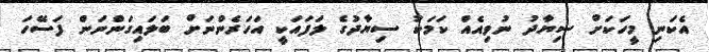
އެކަނި މީހަކަށް ސިޔާދު ނުވިއެއް ކަމަކު ސިޔާދުގެ ލަފައަކީ އަހަރެންނަށް ބަލައިގަންނަން ފަސޭހަ